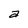
Character: a